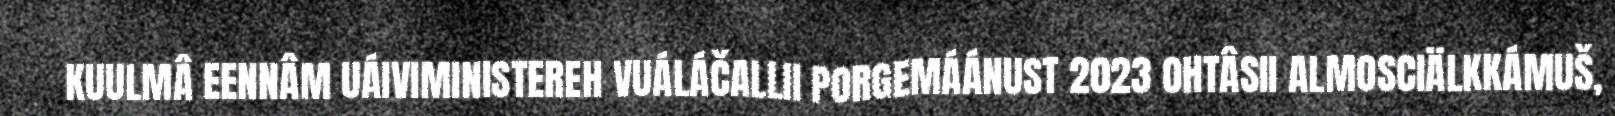
KUULMÂ EENNÂM UÁIVIMINISTEREH VUÁLÁČALLII PORGEMÁÁNUST 2023 OHTÂSII ALMOSCIÄLKKÁMUŠ,